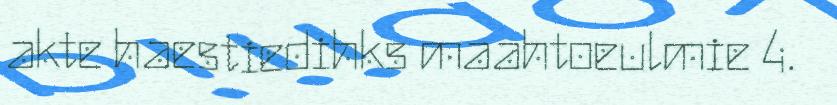
akte haestiedihks maahtoeulmie 4.